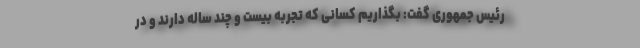
رئیس جمهوری گفت: بگذاریم کسانی که تجربه بیست و چند ساله دارند و در